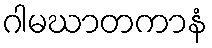
ဂါမဃာတကာနံ